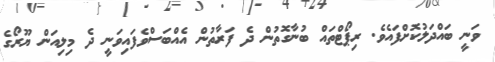
ވަނީ ބައްދަލުކޮށްފައެވެ. ރިޕޯޓްތައް ބުނާގޮތުން ދެ ފަރާތުން އެއްބަސްވެފައިވަނީ ދެ މިލިއަން ޔޫރޯގެ